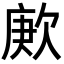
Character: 𬅪